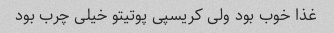
غذا خوب بود ولی کریسپی پوتیتو خیلی چرب بود